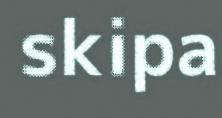
skipa